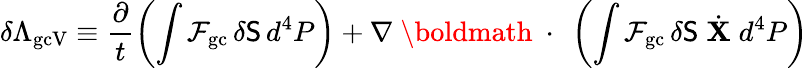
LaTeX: \delta\Lambda_{\mathrm{gcV}}\equiv\frac{\partial}{t}\left(\int{\cal F}_{\mathrm{gc}}\, \delta{\sf S}\, d^{4}P\right)+\nabla\mathrm{~\boldmath~\cdot~}\left(\int{\cal F}_{\mathrm{gc}}\, \delta{\sf S}\; \dot{\mathbf X}\; d^{4}P\right)